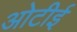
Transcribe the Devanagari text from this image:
ओटीई